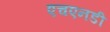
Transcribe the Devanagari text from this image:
एचएनडी